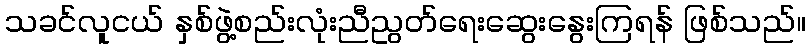
သခင်လူငယ် နှစ်ဖွဲ့စည်းလုံးညီညွတ်ရေးဆွေးနွေးကြရန် ဖြစ်သည်။